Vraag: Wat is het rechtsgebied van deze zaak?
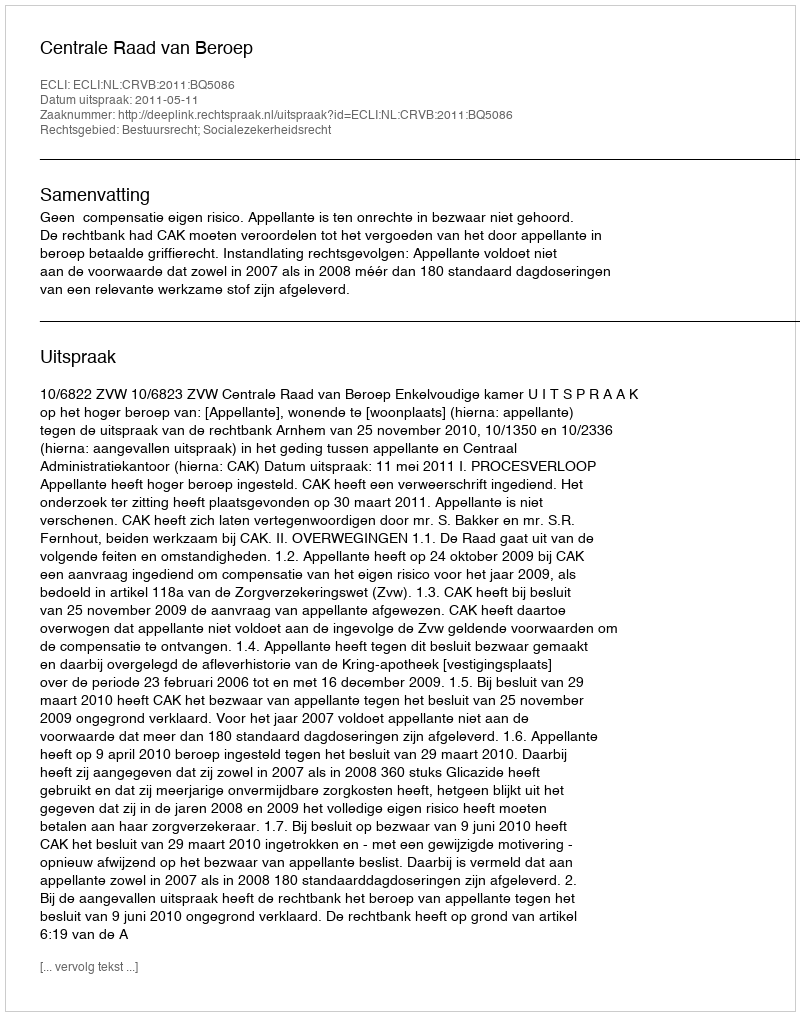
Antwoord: Bestuursrecht; Socialezekerheidsrecht